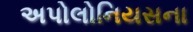
અપોલોનિયસના